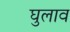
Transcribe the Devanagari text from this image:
घुलाव